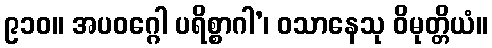
၉၁၀။ အပဝဂ္ဂေါ ပရိစ္စာဂါ’၊ ဝသာနေသု ဝိမုတ္တိယံ။